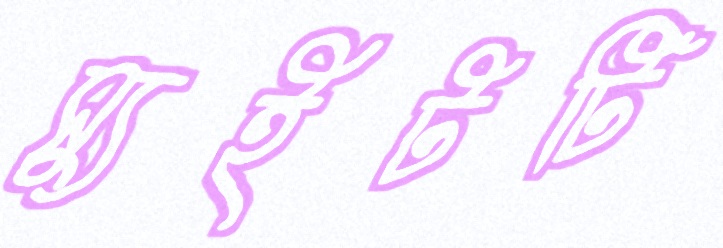
স্যুইটটি